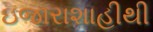
ઇજારાશાહીથી